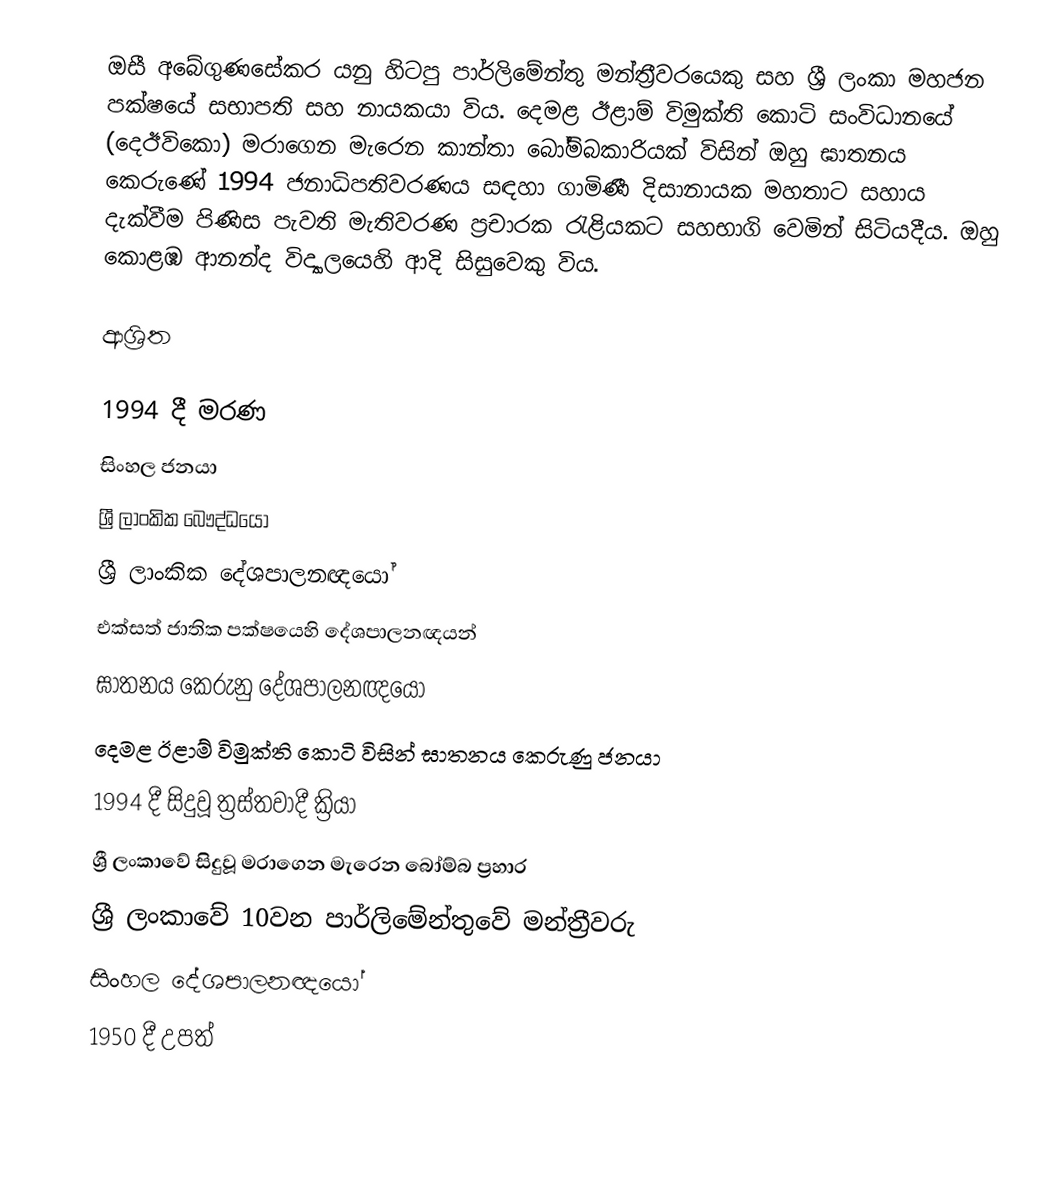
ඔසී අබේගුණසේකර  යනු හිටපු පාර්ලිමේන්තු මන්ත්‍රීවරයෙකු සහ ශ්‍රී ලංකා මහජන පක්ෂයේ සභාපති සහ නායකයා විය.  දෙමළ ඊළාම් විමුක්ති කොටි සංවිධානයේ (දෙඊවිකො) මරාගෙන මැරෙන කාන්තා බෝම්බකාරියක් විසින් ඔහු ඝාතනය කෙරුණේ 1994 ජනාධිපතිවරණය සඳහා ගාමිණී දිසානායක මහතාට සහාය දැක්වීම පිණිස පැවති මැතිවරණ ප්‍රචාරක රැළියකට සහභාගි වෙමින් සිටියදීය. ඔහු කොළඹ  ආනන්ද විද්‍යාලයෙහි ආදි සිසුවෙකු විය.

ආශ්‍රිත

1994 දී මරණ
සිංහල ජනයා
ශ්‍රී ලාංකික බෞද්ධයෝ
ශ්‍රී ලාංකික දේශපාලනඥයෝ
එක්සත් ජාතික පක්ෂයෙහි දේශපාලනඥයන්
ඝාතනය කෙරුනු දේශපාලනඥයෝ
දෙමළ ඊළාම් විමුක්ති කොටි විසින් ඝාතනය කෙරුණු ජනයා
1994 දී සිදුවූ ත්‍රස්තවාදී ක්‍රියා
ශ්‍රී ලංකාවේ සිදුවූ මරාගෙන මැරෙන බෝම්බ ප්‍රහාර
ශ්‍රී ලංකාවේ 10වන පාර්ලිමේන්තුවේ මන්ත්‍රීවරු
සිංහල දේශපාලනඥයෝ
1950 දී උපත්